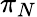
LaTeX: \pi_{N}